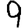
Digit: 9